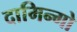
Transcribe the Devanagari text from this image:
दामिन्गो